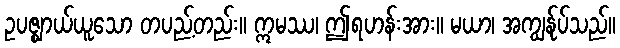
ဥပဇ္ဈာယ်ယူသော တပည့်တည်း။ ဣမဿ၊ ဤရဟန်းအား။ မယာ၊ အကျွန်ုပ်သည်။